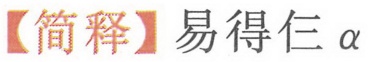
【简释】易得仨 \(\alpha\)